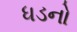
ધડનો